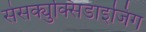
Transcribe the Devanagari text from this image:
सेसक्युक्सिडाइजिंग